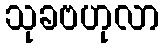
သုခဗဟုလာ